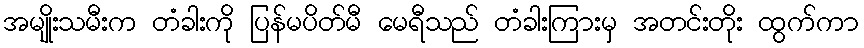
အမျိုးသမီးက တံခါးကို ပြန်မပိတ်မီ မေရီသည် တံခါးကြားမှ အတင်းတိုး ထွက်ကာ